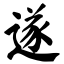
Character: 遂